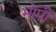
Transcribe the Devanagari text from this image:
भोपी